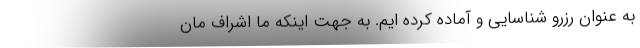
به عنوان رزرو شناسایی و آماده کرده ایم. به جهت اینکه ما اشراف مان